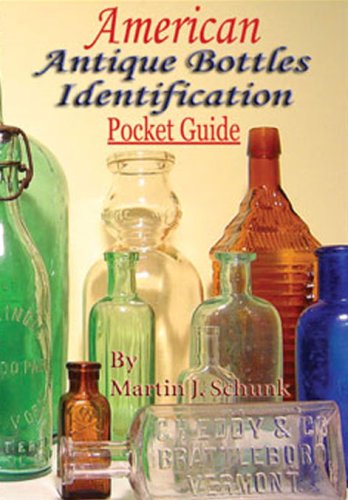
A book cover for American Antique Bottles Identification Pocket Guide; Martin J Schunk; Crafts, Hobbies & Home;